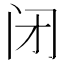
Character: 闭